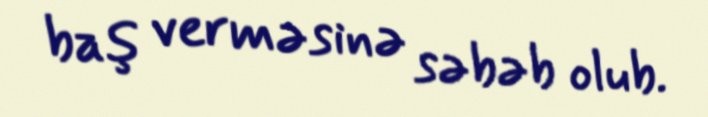
baş verməsinə səbəb olub.